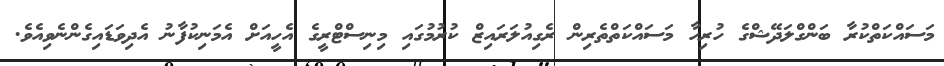
މަސައްކަތްކުރާ ބަންގްލަދޭޝްގެ ހުރިހާ މަސައްކަތްތެރިން ރެގިއުލަރައިޒް ކުރުމުގައި މިނިސްޓްރީގެ އެހީއަށް އެމަނިކުފާނު އެދިވަޑައިގެންނެވިއެވެ.